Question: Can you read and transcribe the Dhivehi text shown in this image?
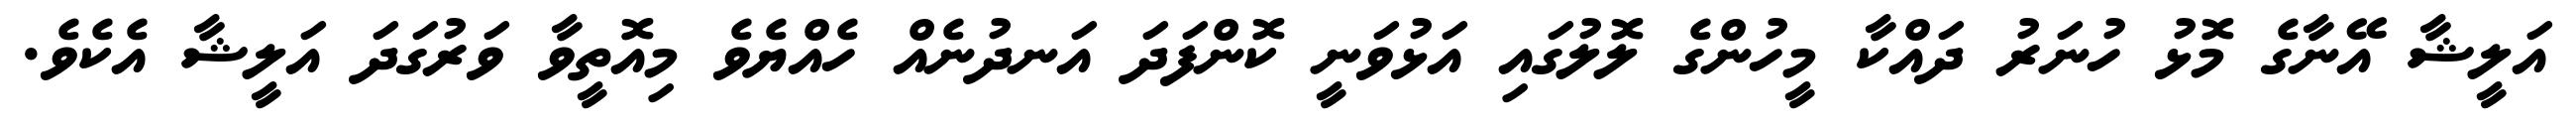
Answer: އަލީޝާ އޭނާގެ މޮޅު ހުނަރު ދައްކާ މީހުންގެ ލޮލުގައި އަޅުވަނީ ކޮންފަދަ އަނދުނެއް ހެއްޔެވެ މިއޮތީވާ ވަރުގަދަ އަލީޝާ އެކެވެ.